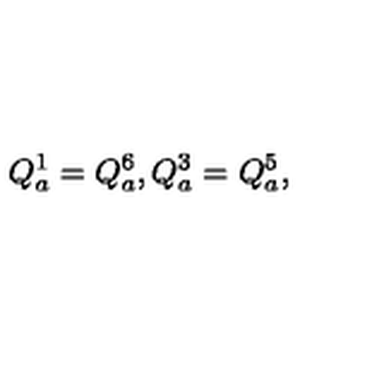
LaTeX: Q _ { a } ^ { 1 } = Q _ { a } ^ { 6 } , Q _ { a } ^ { 3 } = Q _ { a } ^ { 5 } , \,